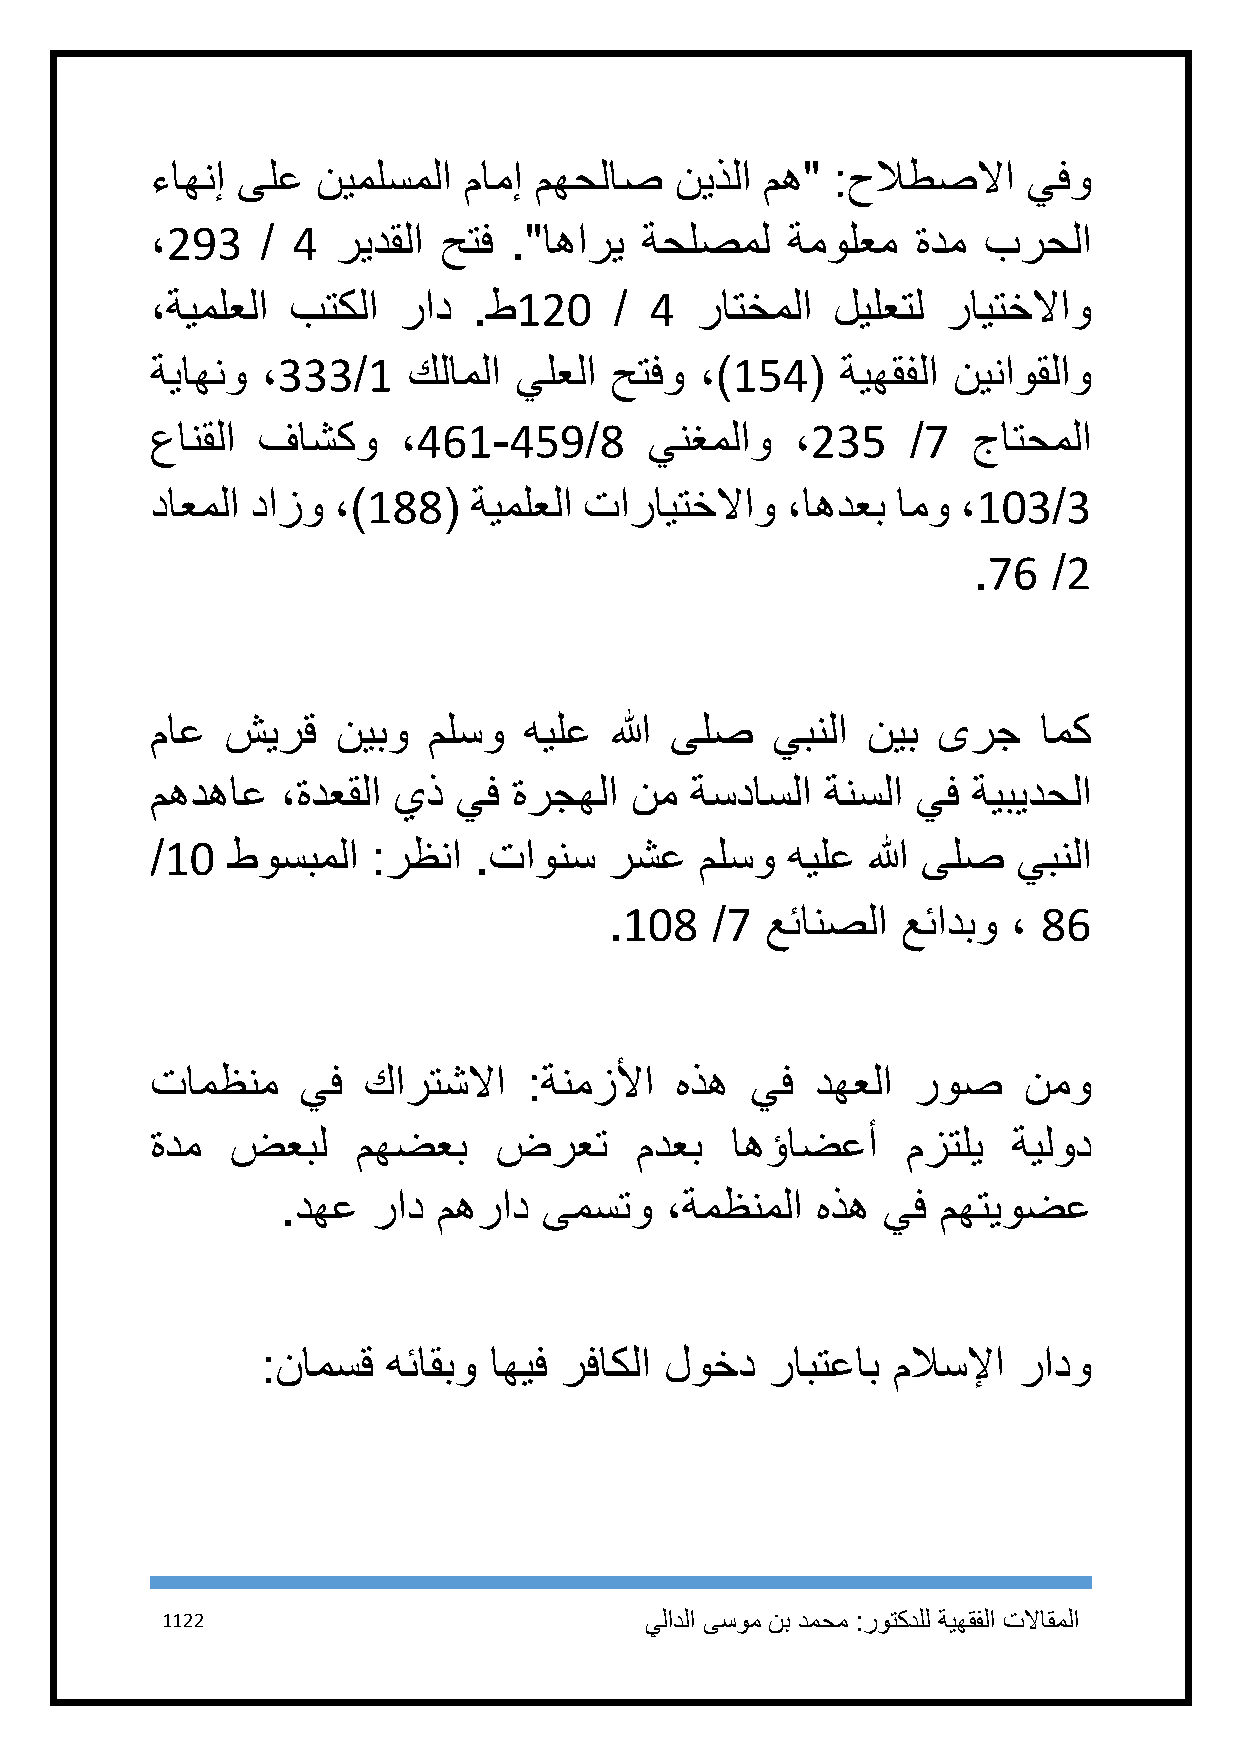
ءاهنإ ىلع  نيملسملا  مامإ مهحلاص   نيذلا مه" :حلاطصلاا    يفو
 ،293   / 4  ريدقلا حتف  ."اهاري ةحلصمل    ةمولعم   ةدم برحلا
 ،ةيملعلا بتكلا  راد  .ط121     / 4  راتخملا  ليلعتل  رايتخلااو
 ةياهنو ،333/1    كلاملا يلعلا حتفو  ،)154(    ةيهقفلا نيناوقلاو
 عانقلا فاشكو     ،461-459/8      ينغملاو   ،235   /7  جاتحملا
 داعملا دازو ،)188(   ةيملعلا تارايتخلااو  ،اهدعب امو  ،113/3
 .76   /2
 ماع  شيرق   نيبو  ملسو   هيلع الله ىلص   يبنلا نيب  ىرج    امك
 مهدهاع   ،ةدعقلا يذ يف  ةرجهلا  نم  ةسداسلا  ةنسلا يف ةيبيدحلا
 /11  طوسبملا   :رظنا .تاونس   رشع   ملسو  هيلع الله ىلص  يبنلا
 .118   /7  عئانصلا  عئادبو ، 86
 تامظنم    يف  كارتشلاا   :ةنمزلأا  هذه  يف  دهعلا روص     نمو
 ةدم  ضعبل     مهضعب    ضرعت     مدعب  اهؤاضعأ     مزتلي  ةيلود
 .دهع  راد مهراد  ىمستو   ،ةمظنملا  هذه يف  مهتيوضع
 :نامسق   هئاقبو اهيف رفاكلا لوخد  رابتعاب ملاسلإا رادو
 1122                            يلادلا ىسوم نب دمحم :روتكدلل ةيهقفلا تلااقملا